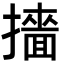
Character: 𭢲